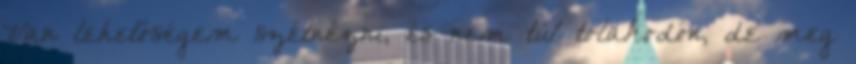
Van lehetőségem szétnézni, és nem túl tolakodón, de meg